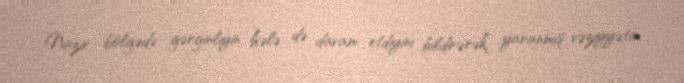
Nazir bölgədə gərginliyin hələ də davam etdiyini bildirərək yaranmış vəziyyətin